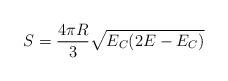
LaTeX: \begin{align*}S = \frac{4\pi R}{3}\sqrt{E_C(2E - E_C)} \end{align*}